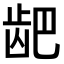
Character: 𫜨